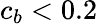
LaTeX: c_{b}<0.2